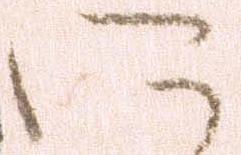
に